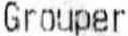
GROUPER